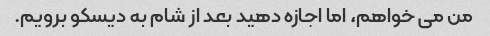
من می خواهم، اما اجازه دهید بعد از شام به دیسکو برویم.